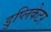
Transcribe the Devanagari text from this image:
डुप्लिकेटर